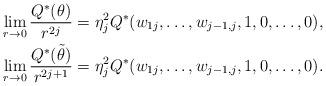
LaTeX: \begin{align*} & \lim_{r\to 0} \frac{Q^*(\theta)}{r^{2j}} = \eta_j^2 Q^*(w_{1j},\ldots, w_{j-1,j}, 1, 0, \ldots, 0), \\ & \lim_{r\to 0} \frac{Q^*(\tilde{\theta})}{r^{2j+1}} = \eta_j^2 Q^*(w_{1j}, \ldots, w_{j-1,j}, 1, 0, \ldots, 0). \end{align*}